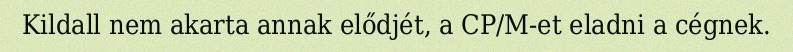
Kildall nem akarta annak elődjét, a CP/M-et eladni a cégnek.